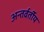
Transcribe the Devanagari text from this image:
अन्‍तर्वर्तीय